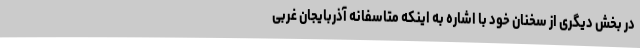
در بخش دیگری از سخنان خود با اشاره به اینکه متاسفانه آذربایجان غربی